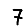
Digit: 7